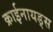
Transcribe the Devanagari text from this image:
क्राईनायड्स